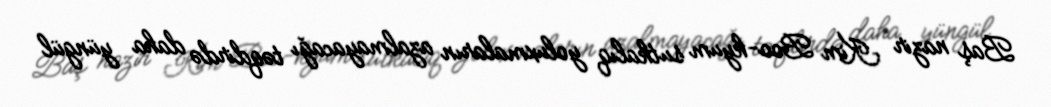
Baş nazir Kim Boo-kyum sutkalıq yoluxmaların azalmayacağı təqdirdə daha yüngül